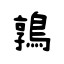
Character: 鶉